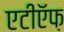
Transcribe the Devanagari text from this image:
एटीऍफ़